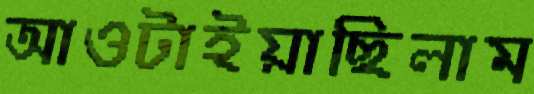
আওটাইয়াছিলাম